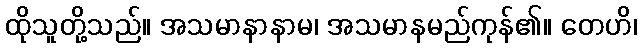
ထိုသူတို့သည်။ အသမာနာနာမ၊ အသမာနမည်ကုန်၏။ တေဟိ၊